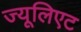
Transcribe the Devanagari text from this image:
ज्यूलिएट